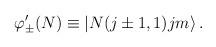
LaTeX: \begin{align*}\varphi'_{\pm}(N) \equiv \left|N (j\pm1, 1) jm\right\rangle.\end{align*}